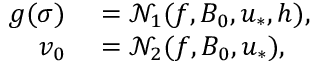
\begin{array} { r l } { g ( \sigma ) } & { { } = \mathcal { N } _ { 1 } ( f , B _ { 0 } , u _ { * } , h ) , } \\ { v _ { 0 } } & { { } = \mathcal { N } _ { 2 } ( f , B _ { 0 } , u _ { * } ) , } \end{array}